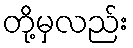
တို့မှလည်း